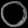
Digit: ၀